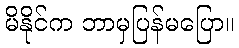
မိနိုင်က ဘာမှပြန်မပြော။